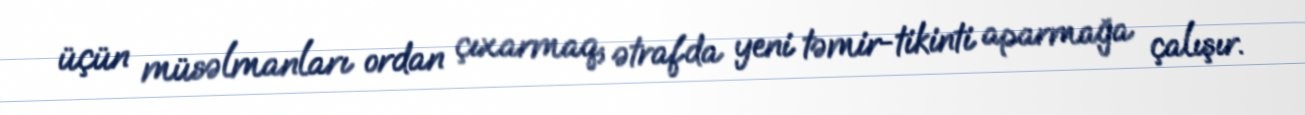
üçün müsəlmanları ordan çıxarmaq, ətrafda yeni təmir-tikinti aparmağa çalışır.